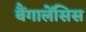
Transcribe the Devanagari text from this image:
बैंगालेंसिस